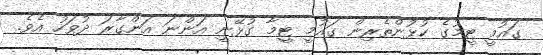
ގައުމީ ޓީމުގެ ކުޅުންތެރިން ގައުމީ ޓީމާ ގުޅޭނީ އަންނަ އަންގާރަ ދުވަހު އެވެ.